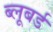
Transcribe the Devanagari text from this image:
ब्लूबर्ड